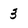
Character: 3